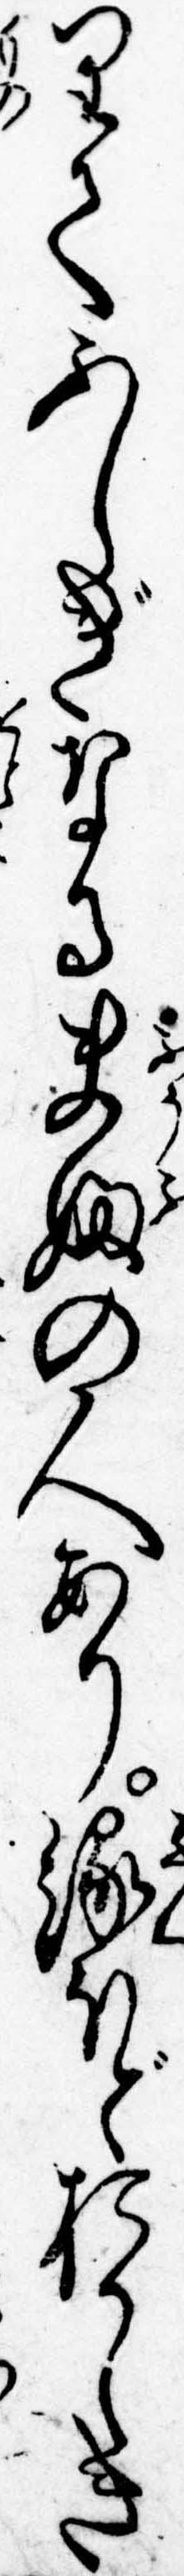
りてふしぎなる夫婦の人あり縁ほどおかしき